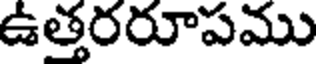
ఉత్తరరూపము